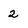
Character: 2